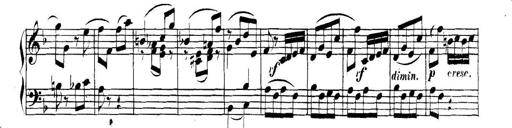
Title: Collected Piano Sonatas
Composer: Muzio Clementi